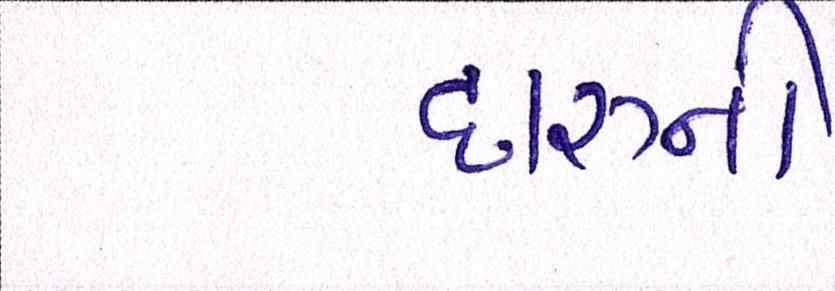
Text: દારૂની